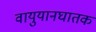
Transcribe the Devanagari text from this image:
वायुयानघातक